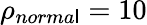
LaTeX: \rho_{norma\mathsf{l}}=10